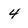
Character: 4